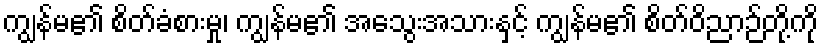
ကျွန်မ၏ စိတ်ခံစားမှု၊ ကျွန်မ၏ အသွေးအသားနှင့် ကျွန်မ၏ စိတ်ဝိညာဉ်တို့ကို